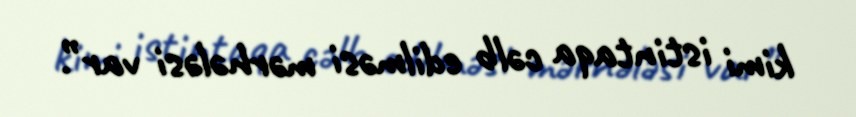
kimi istintaqa cəlb edilməsi mərhələsi var”.